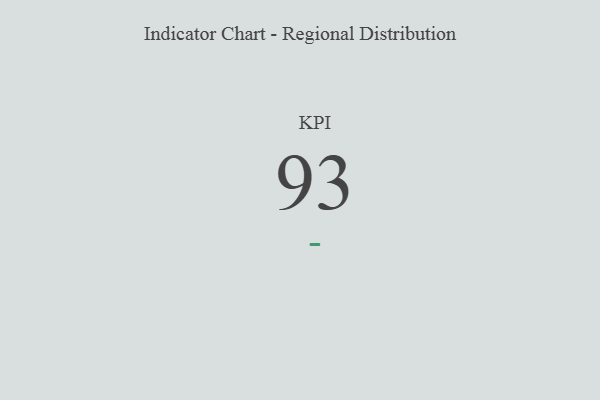
{"axis": {"x": "KPI", "y": "Value"}, "legend": [""], "data": [{"x": "KPI", "y": 93, "type": ""}]}